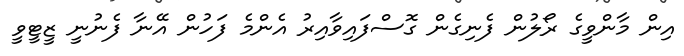
އިން މާންވީގެ ރޯލުން ފެނިގެން ގޮސްފައިވާއިރު އެންމެ ފަހުން އޭނާ ފެނުނީ ޒީޓީވީ